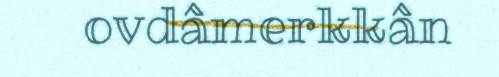
ovdâmerkkân